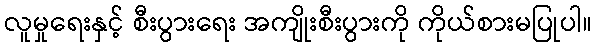
လူမှုရေးနှင့် စီးပွားရေး အကျိုးစီးပွားကို ကိုယ်စားမပြုပါ။